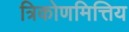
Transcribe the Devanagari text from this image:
त्रिकोणमित्तिय